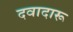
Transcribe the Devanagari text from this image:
दवादारू